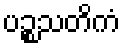
ပဉ္စသတိကံ